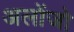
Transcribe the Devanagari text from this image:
अलोंजो